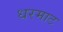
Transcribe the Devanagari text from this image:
धरमाट